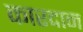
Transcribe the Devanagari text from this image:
कारदान